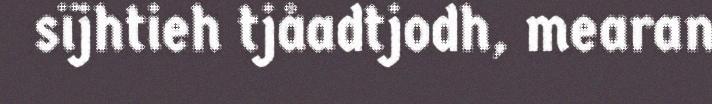
sïjhtieh tjåadtjodh, mearan